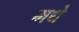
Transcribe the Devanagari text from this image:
मथे